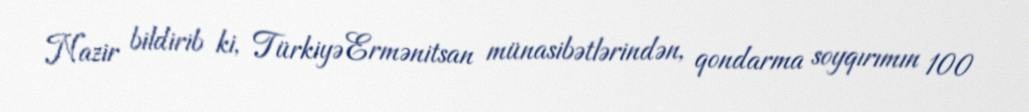
Nazir bildirib ki, Türkiyə Ermənitsan münasibətlərindən, qondarma soyqırımın 100